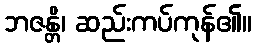
ဘဇန္တိ၊ ဆည်းကပ်ကုန်၏။